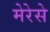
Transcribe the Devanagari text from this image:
मेरेसे